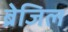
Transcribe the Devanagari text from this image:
ब्रेजिल